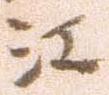
江